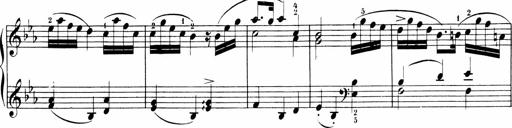
Title: Sonatinen Op.47, 98 und 136, nebst 6 Liedersonatinen
Composer: Carl Reinecke